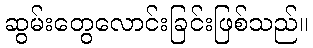
ဆွမ်းတွေလောင်းခြင်းဖြစ်သည်။